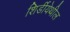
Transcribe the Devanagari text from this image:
शिर्डीयेथील